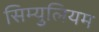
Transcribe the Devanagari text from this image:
सिम्युलियम